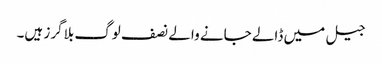
جیل میں ڈالے جانے والے نصف لوگ بلاگرز ہیں۔